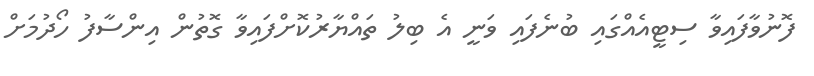
ފޮނުވާފައިވާ ސިޓީއެއްގައި ބުނެފައި ވަނީ އެ ބިލު ތައްޔާރުކޮށްފައިވާ ގޮތުން އިންސާފު ހޯދުމަށް